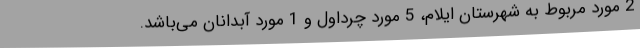
2 مورد مربوط به شهرستان ایلام، 5 مورد چرداول و 1 مورد آبدانان می‌باشد.